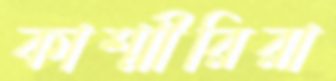
কাশ্মীরিরা